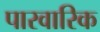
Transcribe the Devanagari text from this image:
पारवारिक